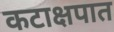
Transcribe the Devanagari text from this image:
कटाक्षपात